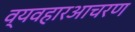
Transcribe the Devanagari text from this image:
व्यवहारआचरण